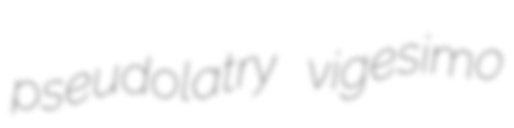
pseudolatry vigesimo